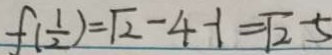
f ( \frac { 1 } { 2 } ) = \sqrt { 2 } - 4 - 1 = \sqrt { 2 } - 5